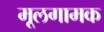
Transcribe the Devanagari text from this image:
मूलगामक